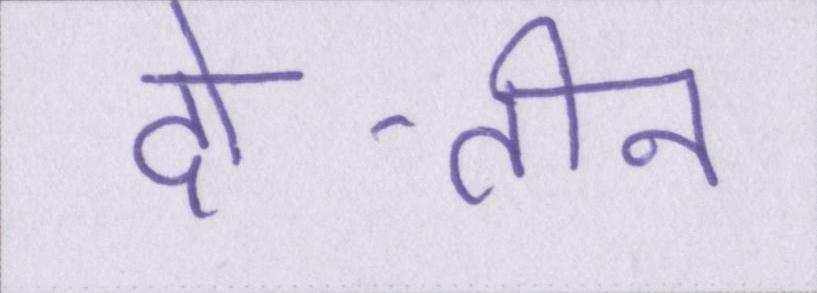
दो-तीन